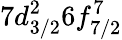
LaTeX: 7d_{3/2}^{2}6f_{7/2}^{7}